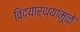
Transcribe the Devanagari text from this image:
विद्यार्थ्यांमुळे